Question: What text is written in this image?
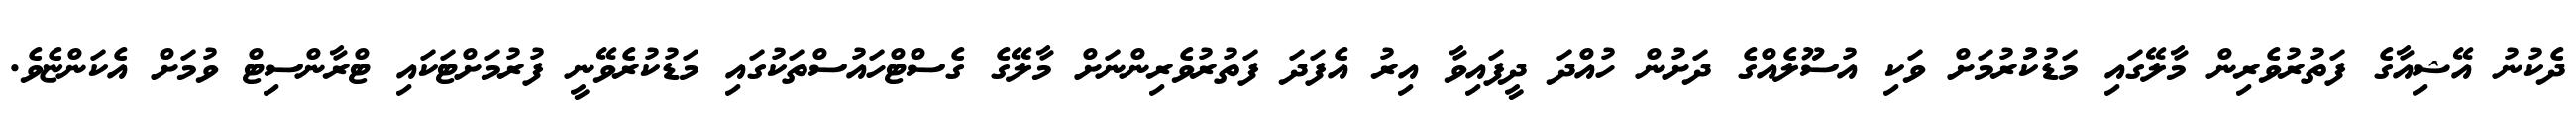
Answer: ދެކުނު އޭޝިއާގެ ފަތުރުވެރިން މާލޭގައި މަޑުކުުރުމަށް ވަކި އުސޫލެއްގެ ދަށުން ހުއްދަ ދީފައިވާ އިރު އެފަދަ ފަތުރުވެރިންނަށް މާލޭގެ ގެސްޓްހައުސްތަކުގައި މަޑުކުރެވޭނީ ފުރުމަށްޓަކައި ޓްރާންސިޓް ވުމަށް އެކަންޏެވެ.